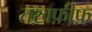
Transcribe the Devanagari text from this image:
तख़फ़ीफ़